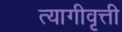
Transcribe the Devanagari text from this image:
त्यागीवृत्ती